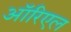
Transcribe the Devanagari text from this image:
ऑरिएल